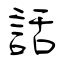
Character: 話